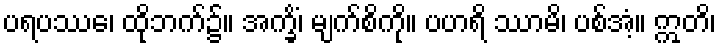
ပရပဿေ၊ ထိုဘက်၌။ အက္ခိံ၊ မျက်စိကို။ ပဟရိ ဿာမိ၊ ပစ်အံ့။ ဣတိ၊